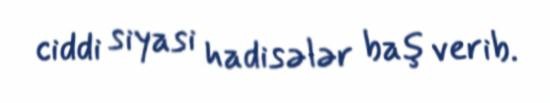
ciddi siyasi hadisələr baş verib.